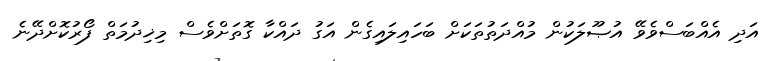
އަދި އެއްބަސްވެވޭ އުޞޫލަކުން މުއްދަތުތަކަށް ބަހައިލައިގެން އަގު ދައްކާ ގޮތަށްވެސް މިޚިދުމަތް ފޯރުކޮށްދޭނެ